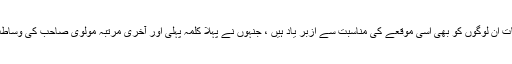
ایسے کلمات اور اِن سے زیادہ مروّج اور کئی کلمات اُن لوگوں کو بھی اِسی موقعے کی مناسبت سے اَزبر یاد ہیں ، جنہوں نے پہلا کلمہ پہلی اور آخری مرتبہ مولوی صاحب کی وساطت سے بوقتِ نکاح بفرضِ مجبوری پڑھا ہوتا ہے ۔